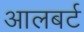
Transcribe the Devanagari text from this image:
आलबर्ट